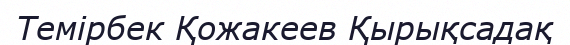
Темірбек Қожакеев Қырықсадақ